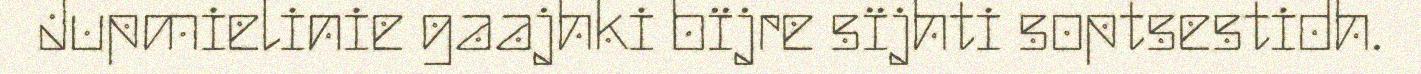
Jupmielinie gaajhki bïjre sïjhti soptsestidh.